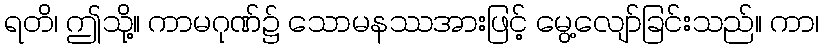
ရတိ၊ ဤသို့။ ကာမဂုဏ်၌ သောမနဿအားဖြင့် မွေ့လျော်ခြင်းသည်။ ကာ၊